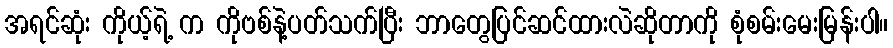
အရင်ဆုံး ကိုယ့်ရဲ့ က ကိုဗစ်နဲ့ပတ်သက်ပြီး ဘာတွေပြင်ဆင်ထားလဲဆိုတာကို စုံစမ်းမေးမြန်းပါ။